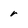
Character: r